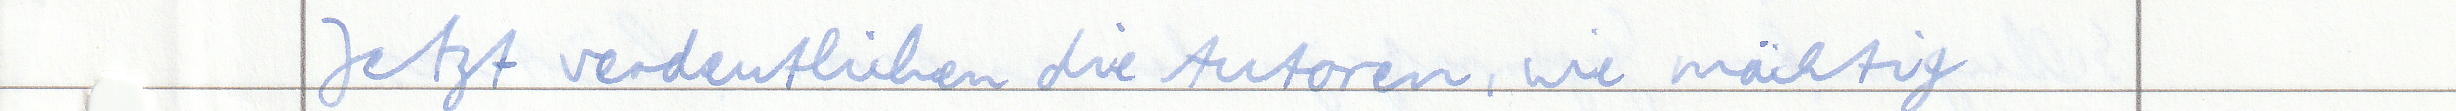
Jetzt verdeutlichen die Autoren, wie mächtig